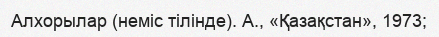
Алхорылар (неміс тілінде). А., «Қазақстан», 1973;